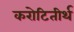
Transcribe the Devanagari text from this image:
करोटितीर्थ